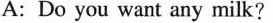
A: Do you want any milk?